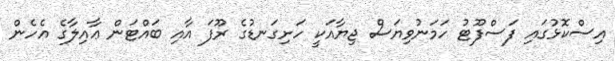
އިސްކޮޅުގައި ފަސްފޫޓު ހަމަނުވިޔަސް ޖިޔާއަކީ ހަށިގަނޑުގެ ރޫފަ އާއި ބައްޓަން ޢާއިލާގެ އެހެން